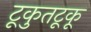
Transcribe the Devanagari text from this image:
टूकुतटूकू